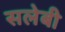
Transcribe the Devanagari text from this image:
सलेबी